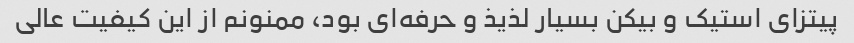
پیتزای استیک و بیکن بسیار لذیذ و حرفه‌ای بود، ممنونم از این کیفیت عالی